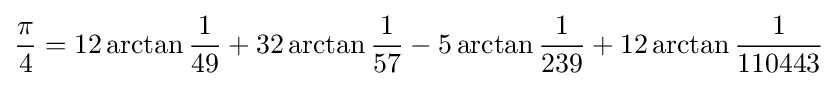
{\frac {\pi }{4}}=12\arctan {\frac {1}{49}}+32\arctan {\frac {1}{57}}-5\arctan {\frac {1}{239}}+12\arctan {\frac {1}{110443}}